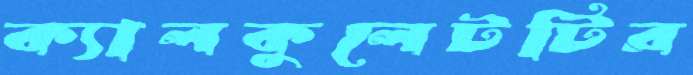
ক্যালকুলেটটির